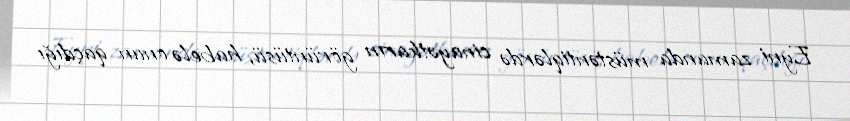
Eyni zamanda müstəntiqlərdə cinayətkarın görüntüsü, habelə onun qaçdığı